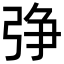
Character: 𢏰